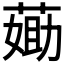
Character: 𦷵